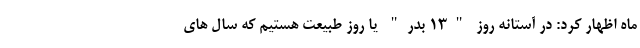
ماه اظهار کرد: در آستانه روز "۱۳ بدر" یا روز طبیعت هستیم که سال های